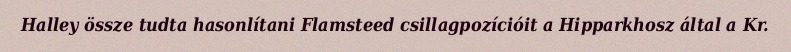
Halley össze tudta hasonlítani Flamsteed csillagpozícióit a Hipparkhosz által a Kr.